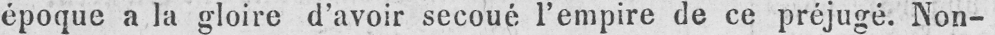
époque a la gloire d’avoir secoué l’empire de ce préjugé. Non-